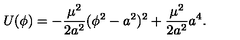
U ( \phi ) = - \frac { \mu ^ { 2 } } { 2 a ^ { 2 } } ( \phi ^ { 2 } - a ^ { 2 } ) ^ { 2 } + \frac { \mu ^ { 2 } } { 2 a ^ { 2 } } a ^ { 4 } .